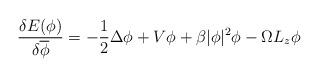
LaTeX: \begin{align*}\frac{\delta E(\phi)}{\delta\overline{\phi}}=-\frac12\Delta\phi+V\phi+\beta|\phi|^2\phi-\Omega L_z\phi\end{align*}